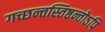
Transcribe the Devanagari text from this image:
गच्छन्तस्तिष्ठन्तोऽपि